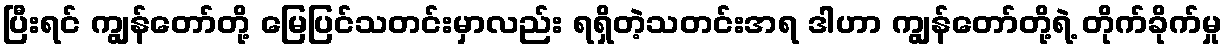
ပြီးရင် ကျွန်တော်တို့ မြေပြင်သတင်းမှာလည်း ရရှိတဲ့သတင်းအရ ဒါဟာ ကျွန်တော်တို့ရဲ့ တိုက်ခိုက်မှု